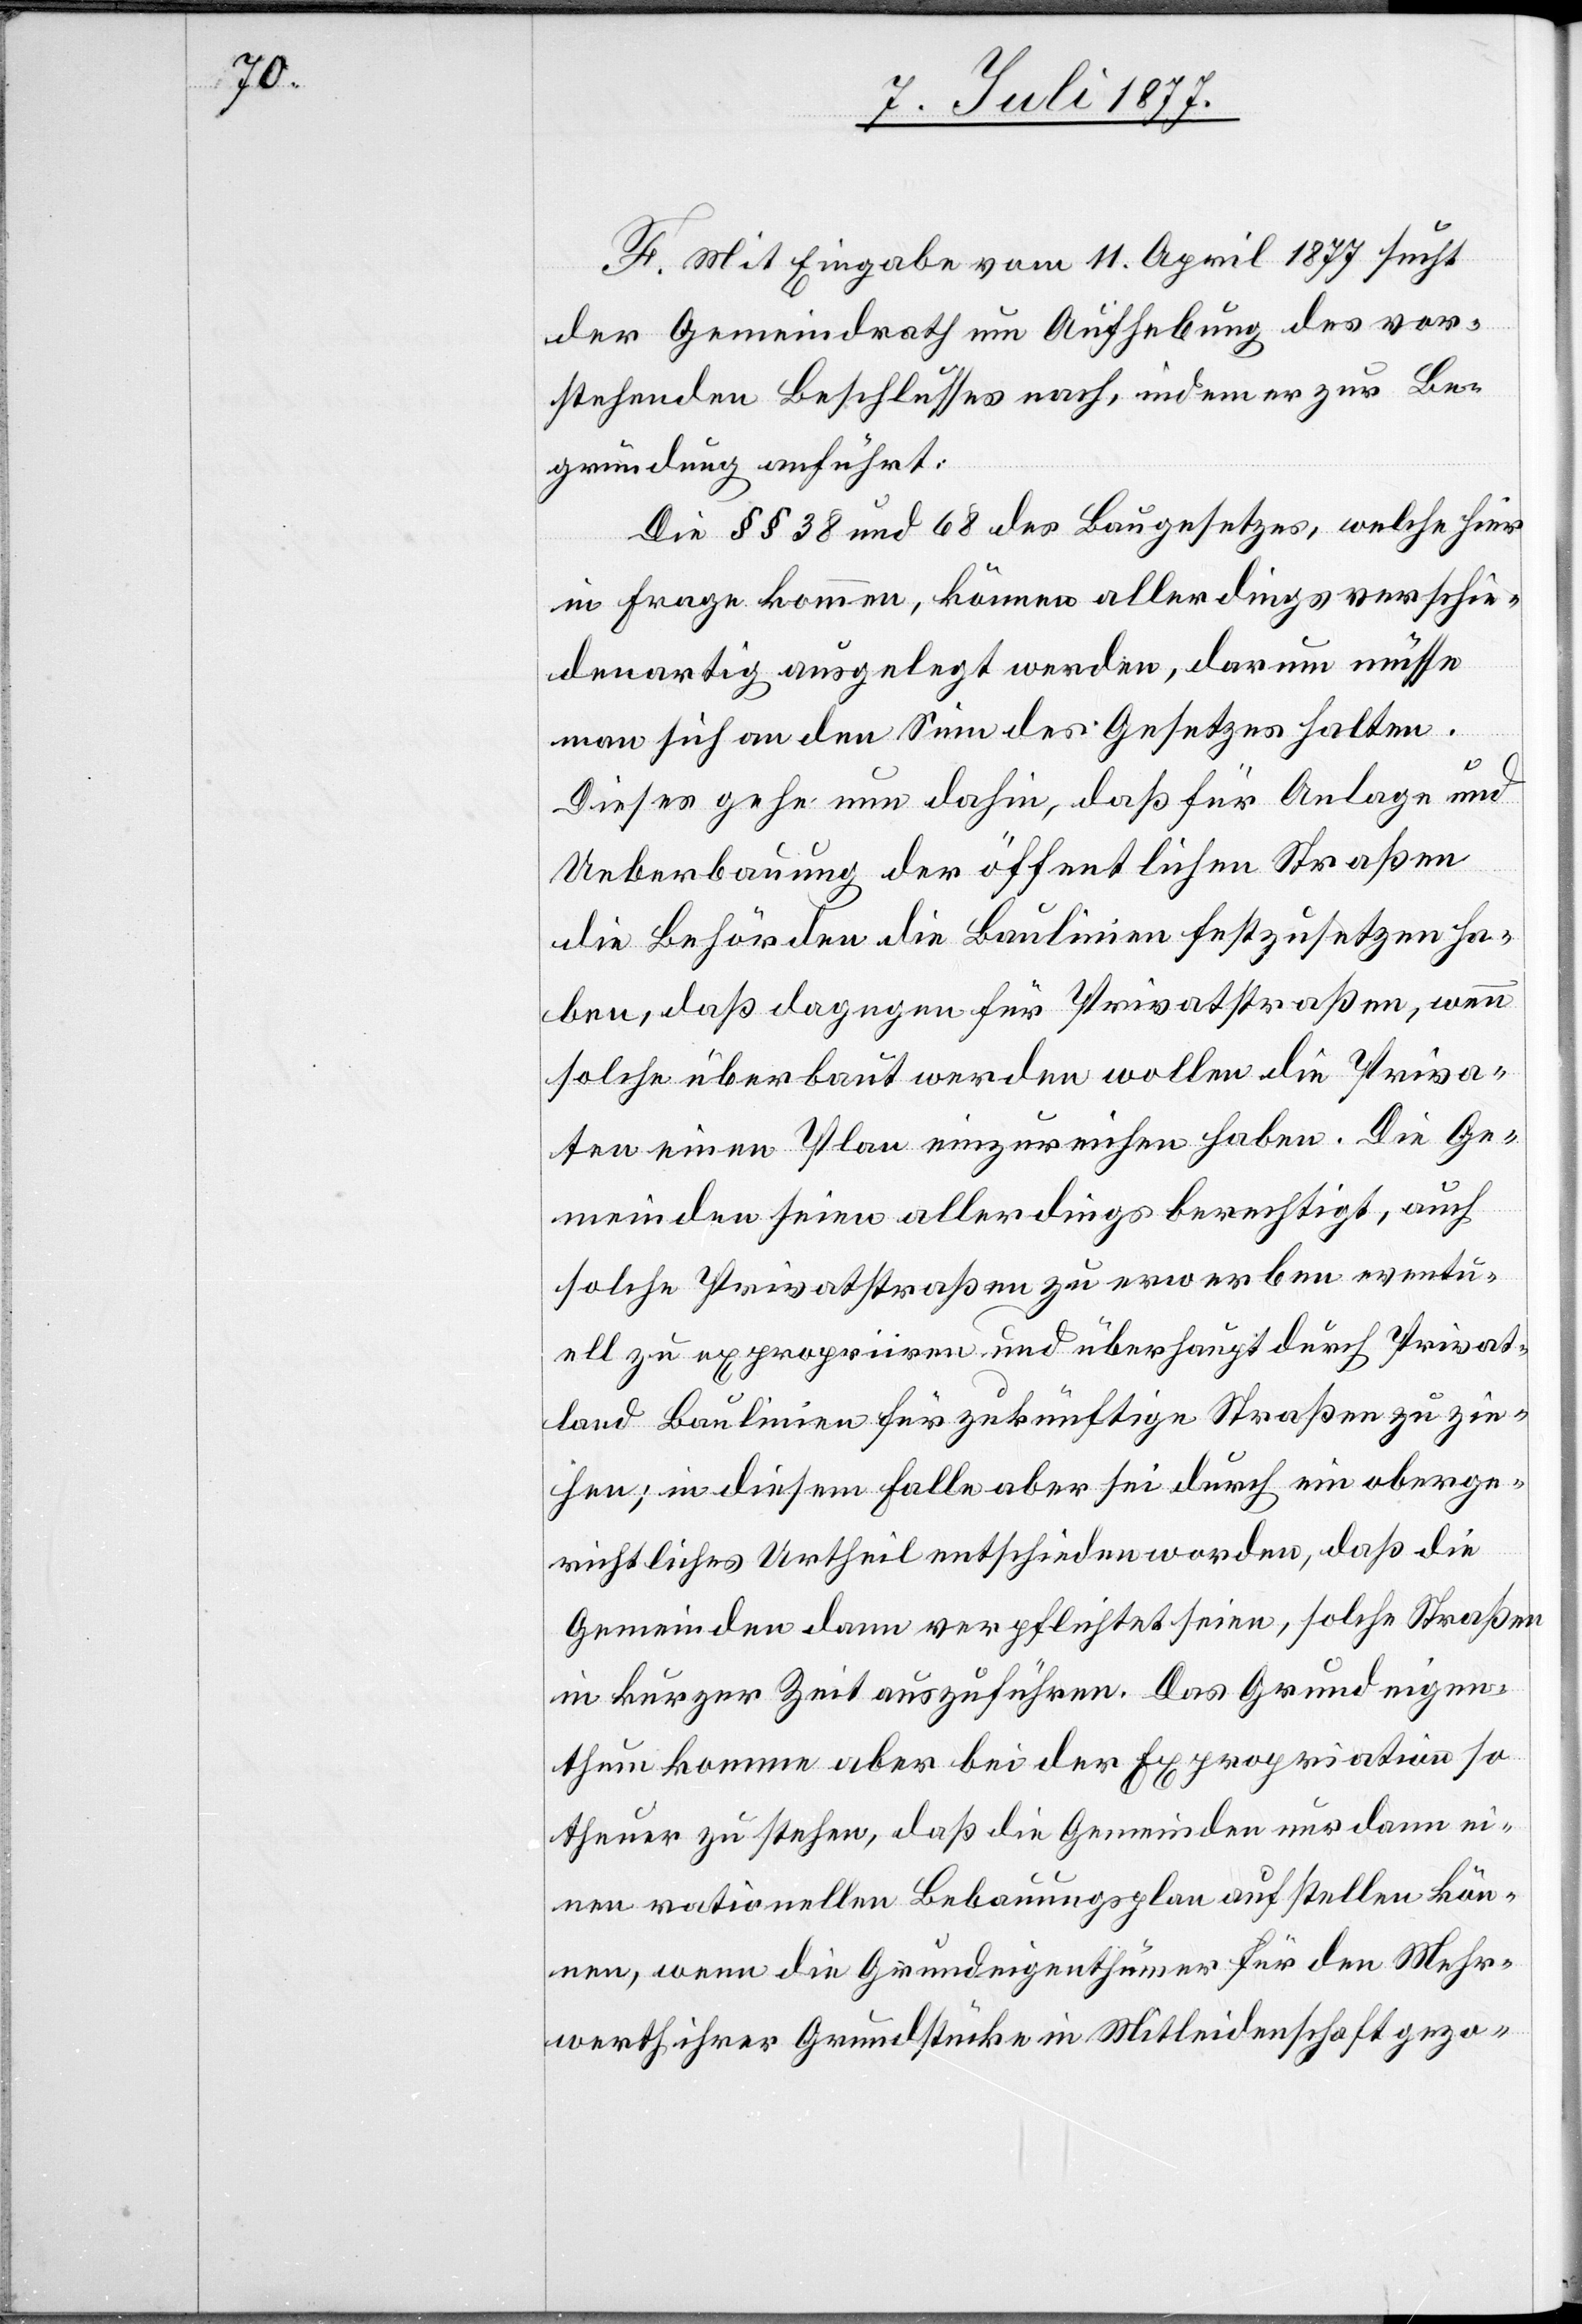
F. Mit Eingabe vom 11. April 1877 sucht
der Gemeindrath um Aufhebung des vor¬
stehenden Beschlusses nach, indem er zur Be¬
gründung anführt:
Die §§ 38 und 68 des Baugesetzes, welche hier
in Frage kommen, können allerdings verschie¬
denartig ausgelegt werden, darum müsse
man sich an den Sinn des Gesetzes halten.
Dieses gehe nun dahin, daß für Anlage und
Ueberbauung der öffentlichen Straßen
die Behörden die Baulinien festzusetzen ha¬
ben, daß dagegen für Privatstraßen, wenn
solche überbaut werden wollen die Priva¬
ten einen Plan einzureichen haben. Die Ge¬
meinden seien allerdings berechtigt, auch
solche Privatstraßen zu erwerben eventu¬
ell zu expropriiren und überhaupt durch Privat¬
land Baulinien für zukünftige Straßen zu zie¬
hen; in diesem Falle aber sei durch ein oberge¬
richtliches Urtheil entschieden worden, daß die
Gemeinden dann verpflichtet seien, solche Straßen
in kurzer Zeit auszuführen. Das Grundeigen¬
thum komme aber bei der Expropriation so
theuer zu stehen, daß die Gemeinden nur dann ei¬
nen rationellen Bebauungsplan aufstellen kön¬
nen, wenn die Grundeigenthümer für den Mehr¬
werth ihrer Grundstücke in Mitleidenschaft gezo-